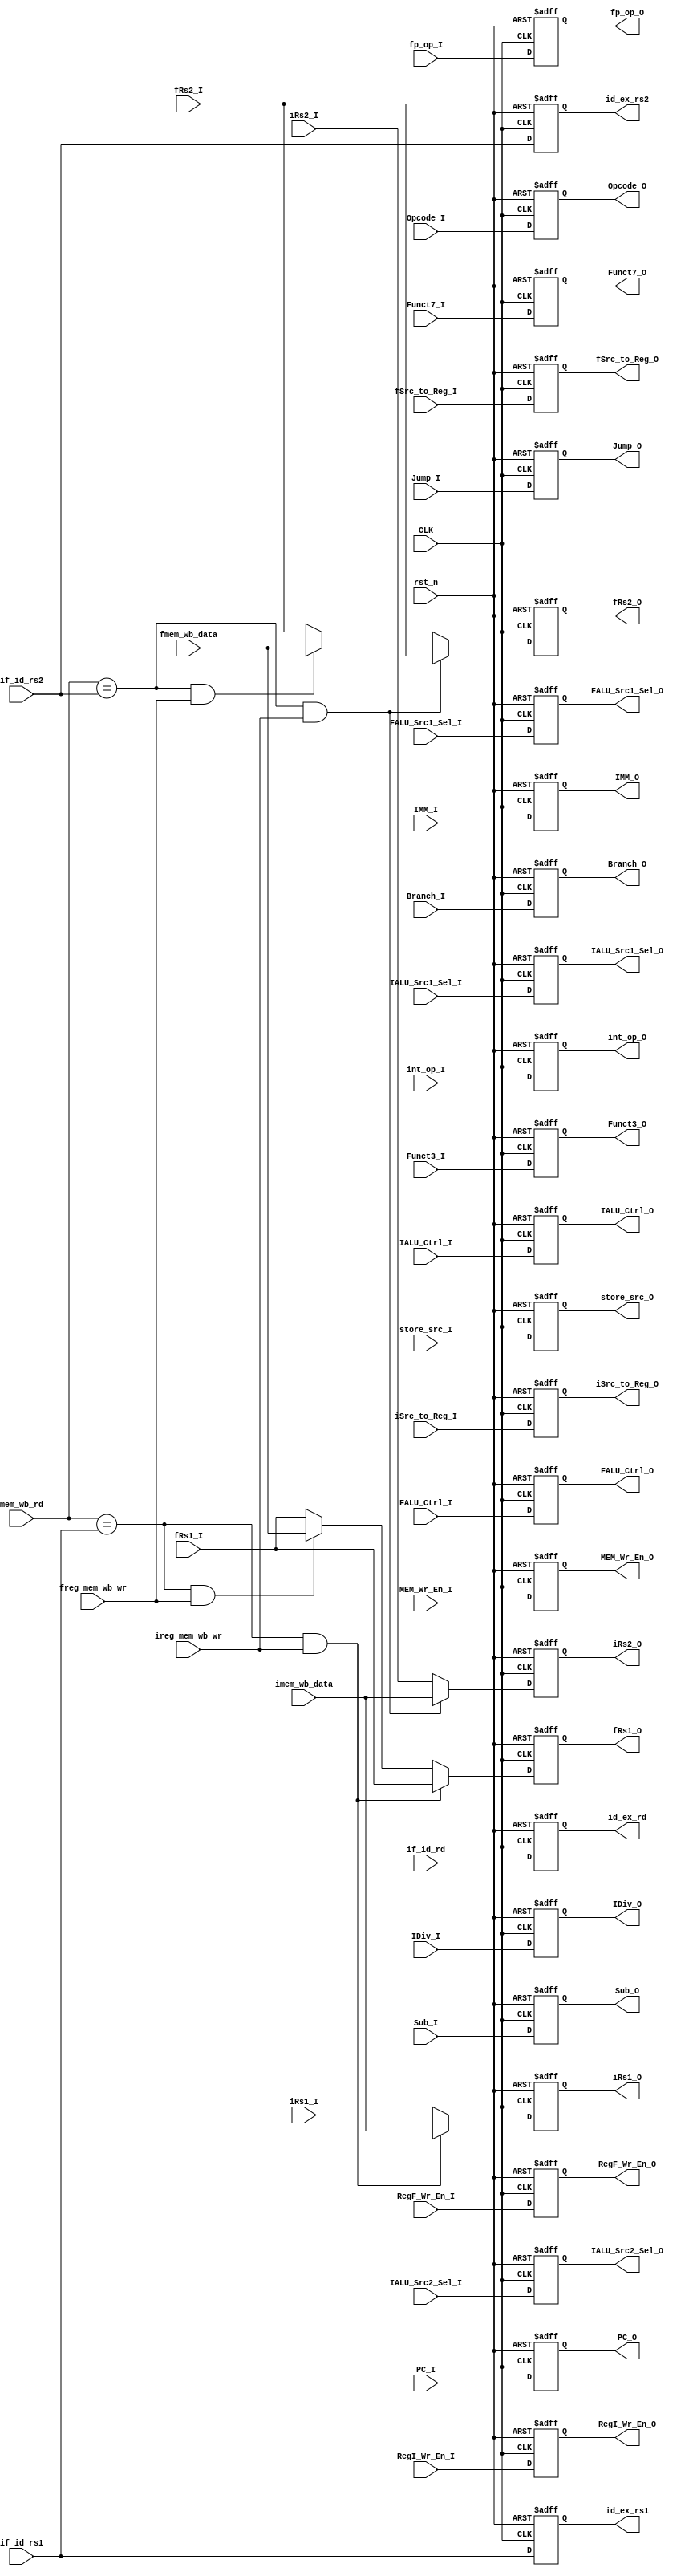
(* DONT_TOUCH = "TRUE" *) module ID_EX_REG #(
	parameter IMM_GEN = 32,
	parameter XLEN    = 32,
	parameter FLEN    = 32
)
(
	////////////////////////// INPUT //////////////////////
	input wire 				 CLK,
	input wire          	 rst_n,
	// PC src
	input wire [31:0] 		 PC_I,
	input wire [6:0]         Opcode_I,
	input wire               Branch_I,
	input wire               Jump_I,
	// IMM src
	input wire [IMM_GEN-1:0] IMM_I,
	// ALU Function Decision
	input wire [2:0]         Funct3_I,
	input wire [6:0]         Funct7_I,
	// RegFiles srcs
	input wire [XLEN-1:0]    iRs1_I,
	input wire [XLEN-1:0]    iRs2_I,
	input wire [FLEN-1:0]    fRs1_I,
	input wire [FLEN-1:0]    fRs2_I,
	input wire [XLEN-1:0]    imem_wb_data,
	input wire [FLEN-1:0]    fmem_wb_data,
	input wire [1:0]		 iSrc_to_Reg_I,
	input wire 		         fSrc_to_Reg_I,
	input wire  		     RegI_Wr_En_I,
	input wire 			     RegF_Wr_En_I,
	input wire [4:0]       	 if_id_rs1,
	input wire [4:0]      	 if_id_rs2,
	input wire [4:0]      	 if_id_rd,
	input wire [4:0]         mem_wb_rd,
	input wire               ireg_mem_wb_wr,
	input wire               freg_mem_wb_wr,
	// ALU srcs
	input wire				 int_op_I,
	input wire			     fp_op_I,
	input wire       		 Sub_I,
	input wire               IDiv_I,
	input wire 		 		 IALU_Src1_Sel_I,
	input wire 		 		 IALU_Src2_Sel_I,
	input wire 		 		 FALU_Src1_Sel_I,
	input wire [2:0]         IALU_Ctrl_I,
	input wire [2:0]         FALU_Ctrl_I,
	// Memory srcs
	input wire               store_src_I,
	input wire 		         MEM_Wr_En_I,
	////////////////////////// OUTPUT //////////////////////
	// PC src
	output reg [31:0] 		 PC_O,
	output reg [6:0]         Opcode_O,
	output reg        		 Branch_O,
	output reg               Jump_O,
	// IMM src
	output reg [IMM_GEN-1:0] IMM_O,
	// ALU Function Decision
	output reg [2:0]         Funct3_O,
	output reg [6:0]         Funct7_O,
	// RegFiles srcs
	output reg [XLEN-1:0]    iRs1_O,
	output reg [XLEN-1:0]    iRs2_O,
	output reg [FLEN-1:0]    fRs1_O,
	output reg [FLEN-1:0]    fRs2_O,
	output reg [1:0]		 iSrc_to_Reg_O,
	output reg 		         fSrc_to_Reg_O,
	output reg  		     RegI_Wr_En_O,
	output reg 			     RegF_Wr_En_O,
	output reg [4:0]         id_ex_rs1,
	output reg [4:0]         id_ex_rs2,
	output reg [4:0]         id_ex_rd,
	// ALU srcs
	output reg				 int_op_O,
	output reg			     fp_op_O,
	output reg       		 Sub_O,
	output reg               IDiv_O,
	output reg 		 		 IALU_Src1_Sel_O,
	output reg 		 		 IALU_Src2_Sel_O,
	output reg 		 		 FALU_Src1_Sel_O,
	output reg [2:0]         IALU_Ctrl_O,
	output reg [2:0]         FALU_Ctrl_O,
	// Memory srcs
	output reg               store_src_O,
	output reg 		 		 MEM_Wr_En_O
);

reg [XLEN-1:0] passed_irs1;
reg [XLEN-1:0] passed_irs2;
reg [FLEN-1:0] passed_frs1;
reg [FLEN-1:0] passed_frs2;

always @(posedge CLK,negedge rst_n) begin
	
	if (!rst_n) begin
		PC_O 		    <= 'b0;
		Branch_O 	    <= 1'b0;
		Jump_O          <= 1'b0;
		IMM_O 		    <= 'b0;
		Opcode_O        <= 7'b0;
		Funct3_O        <= 'b0;
		Funct7_O        <= 7'b0;
		iSrc_to_Reg_O   <= 2'b0;
		fSrc_to_Reg_O   <= 1'b0;
		RegI_Wr_En_O    <= 1'b0;
		RegF_Wr_En_O    <= 1'b0;
		id_ex_rs1       <= 'b0;
		id_ex_rs2 	    <= 'b0;
		id_ex_rd 	    <= 'b0;
		int_op_O        <= 1'b0;
		fp_op_O         <= 1'b0;
		IDiv_O          <= 1'b0;
		IALU_Src1_Sel_O <= 1'b0;
		IALU_Src2_Sel_O <= 1'b0;
		FALU_Src1_Sel_O <= 1'b0;
		IALU_Ctrl_O     <= 3'b0;
		FALU_Ctrl_O     <= 3'b0;
		Sub_O        	<= 1'b0;
		store_src_O     <= 1'b0;
		MEM_Wr_En_O     <= 1'b0;
		iRs1_O          <= 32'b0;
		iRs2_O          <= 32'b0;
		fRs1_O          <= 32'b0;
		fRs2_O          <= 32'b0;
	end
	else begin
		PC_O 		    <= PC_I;
		Branch_O 	    <= Branch_I;
		Jump_O          <= Jump_I;
		Opcode_O        <= Opcode_I;
		IMM_O 		    <= IMM_I;
		Funct3_O        <= Funct3_I;
		Funct7_O 		<= Funct7_I;
		iSrc_to_Reg_O   <= iSrc_to_Reg_I;
		fSrc_to_Reg_O   <= fSrc_to_Reg_I;
		RegI_Wr_En_O    <= RegI_Wr_En_I;
		RegF_Wr_En_O    <= RegF_Wr_En_I;
		id_ex_rs1       <= if_id_rs1;
		id_ex_rs2 	    <= if_id_rs2;
		id_ex_rd 	    <= if_id_rd;
		int_op_O        <= int_op_I;
		fp_op_O         <= fp_op_I;
		IDiv_O          <= IDiv_I;
		IALU_Src1_Sel_O <= IALU_Src1_Sel_I;
		IALU_Src2_Sel_O <= IALU_Src2_Sel_I;
		FALU_Src1_Sel_O <= FALU_Src1_Sel_I;
		IALU_Ctrl_O     <= IALU_Ctrl_I;
		FALU_Ctrl_O     <= FALU_Ctrl_I;
		Sub_O        	<= Sub_I;
		iRs1_O          <= passed_irs1;
		iRs2_O          <= passed_irs2;
		fRs1_O          <= passed_frs1;
		fRs2_O          <= passed_frs2;
		store_src_O     <= store_src_I;
		MEM_Wr_En_O     <= MEM_Wr_En_I;
		iSrc_to_Reg_O   <= iSrc_to_Reg_I;
		fSrc_to_Reg_O   <= fSrc_to_Reg_I;
	end

end

always @(*) begin
	passed_irs1 = iRs1_I;
	passed_frs1 = fRs1_I;
	if ((mem_wb_rd == if_id_rs1) && ireg_mem_wb_wr) begin
		passed_irs1 = imem_wb_data;
	end
	else if ((mem_wb_rd == if_id_rs1) && freg_mem_wb_wr) begin
		passed_frs1 = fmem_wb_data;
	end
	else begin
		passed_irs1 = iRs1_I;
		passed_frs1 = fRs1_I;
	end
end
always @(*) begin
	passed_irs2 = iRs2_I;
	passed_frs2 = fRs2_I;
	if ((mem_wb_rd == if_id_rs2) && ireg_mem_wb_wr) begin
		passed_irs2 = imem_wb_data;
	end
	else if ((mem_wb_rd == if_id_rs2) && freg_mem_wb_wr) begin
		passed_frs2 = fmem_wb_data;
	end
	else begin
		passed_irs2 = iRs2_I;
		passed_frs2 = fRs2_I;
	end
end

endmodule